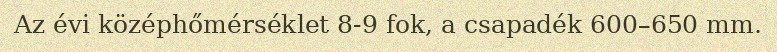
Az évi középhőmérséklet 8-9 fok, a csapadék 600–650 mm.